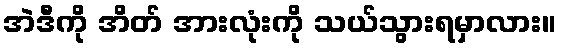
အဲဒီကို အိတ် အားလုံးကို သယ်သွားရမှာလား။